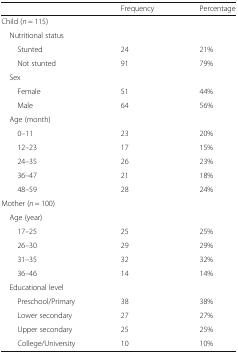
<table><thead><tr><td></td><td><b>Frequency</b></td><td><b>Percentage</b></td></tr></thead><tbody><tr><td colspan="3">Child (<i>n</i> = 115)</td></tr><tr><td colspan="3"> Nutritional status</td></tr><tr><td>Stunted</td><td>24</td><td>21%</td></tr><tr><td>Not stunted</td><td>91</td><td>79%</td></tr><tr><td colspan="3"> Sex</td></tr><tr><td>Female</td><td>51</td><td>44%</td></tr><tr><td>Male</td><td>64</td><td>56%</td></tr><tr><td colspan="3"> Age (month)</td></tr><tr><td>0–11</td><td>23</td><td>20%</td></tr><tr><td>12–23</td><td>17</td><td>15%</td></tr><tr><td>24–35</td><td>26</td><td>23%</td></tr><tr><td>36–47</td><td>21</td><td>18%</td></tr><tr><td>48–59</td><td>28</td><td>24%</td></tr><tr><td colspan="3">Mother (<i>n</i> = 100)</td></tr><tr><td colspan="3"> Age (year)</td></tr><tr><td>17–25</td><td>25</td><td>25%</td></tr><tr><td>26–30</td><td>29</td><td>29%</td></tr><tr><td>31–35</td><td>32</td><td>32%</td></tr><tr><td>36–46</td><td>14</td><td>14%</td></tr><tr><td colspan="3"> Educational level</td></tr><tr><td>Preschool/Primary</td><td>38</td><td>38%</td></tr><tr><td>Lower secondary</td><td>27</td><td>27%</td></tr><tr><td>Upper secondary</td><td>25</td><td>25%</td></tr><tr><td>College/University</td><td>10</td><td>10%</td></tr></tbody></table>